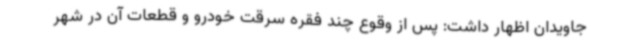
جاویدان اظهار داشت: پس از وقوع چند فقره سرقت خودرو و قطعات آن در شهر